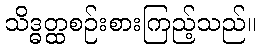
သိဒ္ဓတ္ထစဉ်းစားကြည့်သည်။